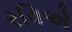
રવિએ